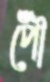
পৌঁ